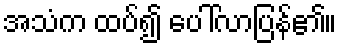
အသံက ထပ်၍ ပေါ်လာပြန်၏။